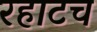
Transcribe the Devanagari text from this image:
रहाटच